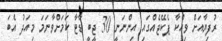
ރުފިޔާއަށް ވިއްކާ ޕެކޭޖެއްގައި އިންނަނީ 30 ޖީބީ ޑާޓާ ކަމަށްވާނަމަ މިއަދު އެބަ